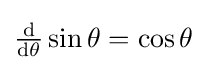
{\tfrac {\operatorname {d} }{\operatorname {d} \!\theta }}\sin \theta =\cos \theta